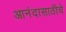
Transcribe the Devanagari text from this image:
आनंदासाठीचे